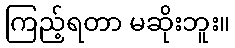
ကြည့်ရတာ မဆိုးဘူး။